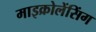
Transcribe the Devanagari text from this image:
माइक्रोलेंसिंग